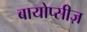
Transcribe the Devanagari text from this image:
बायोप्सीज़